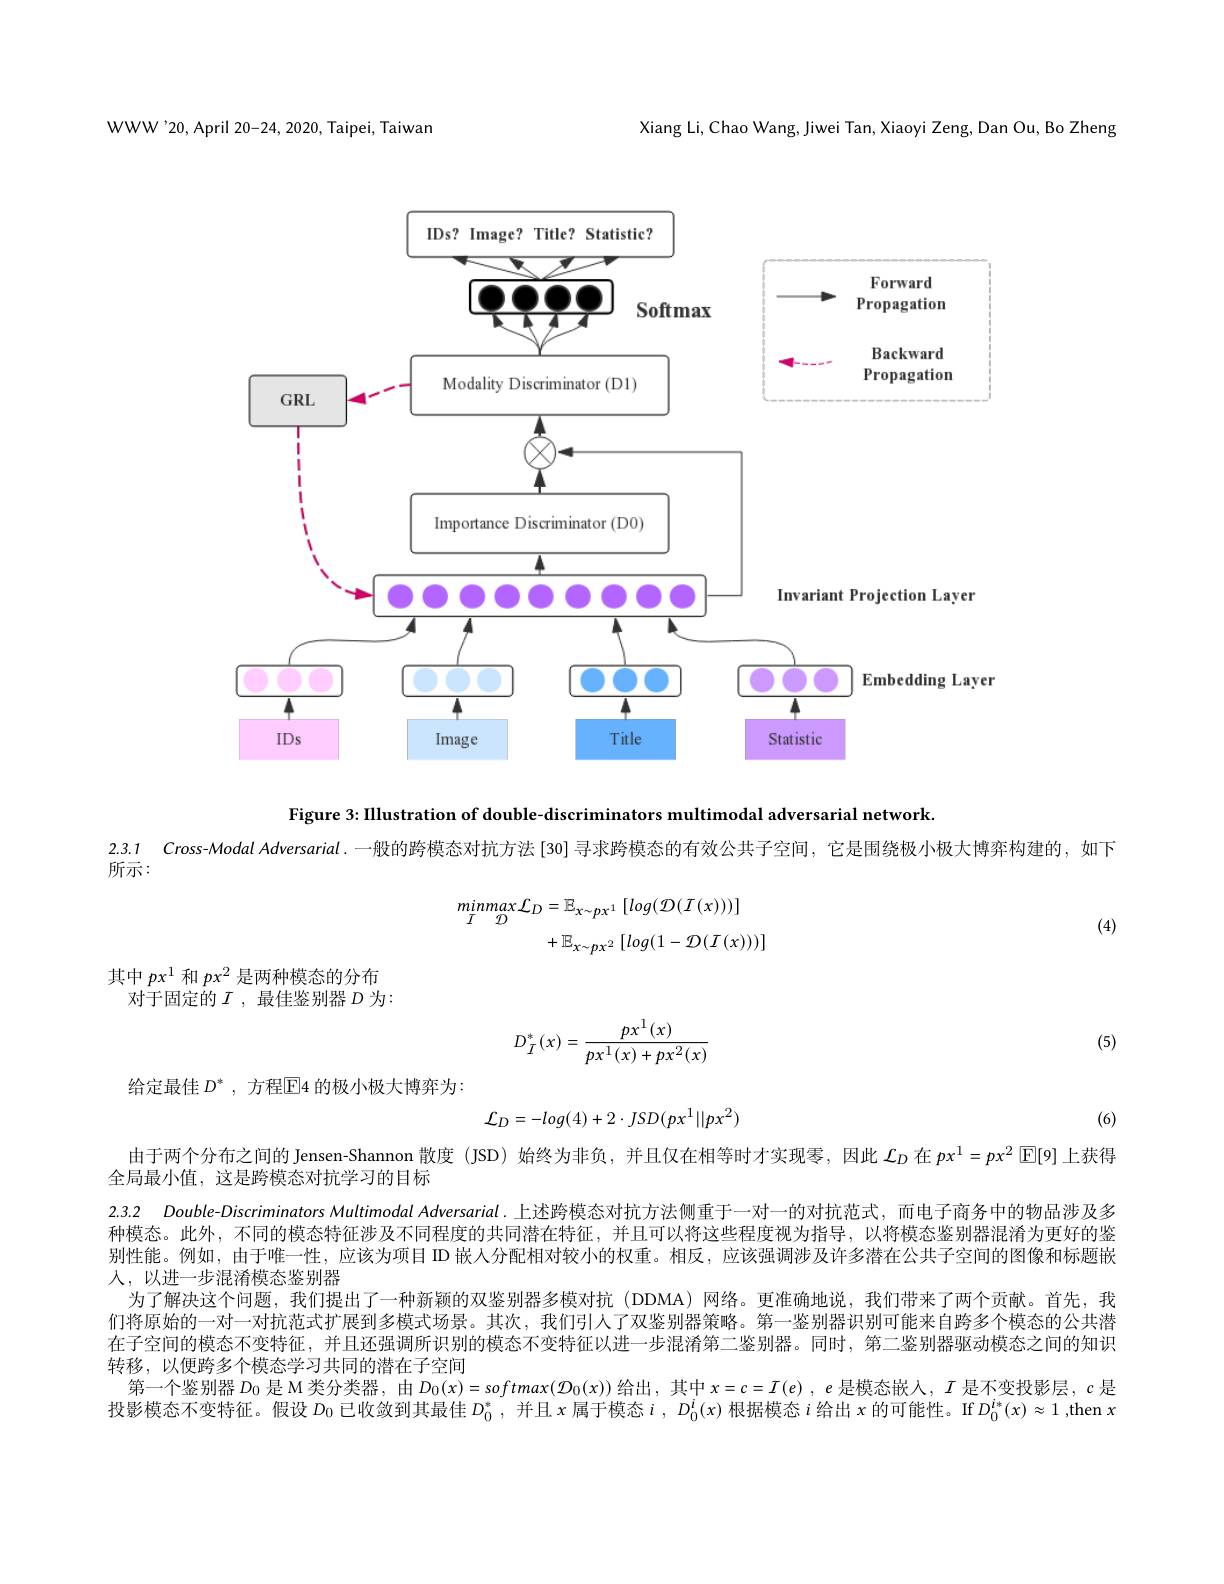
WWW'20, April 20-24, 2020, Taipei, Taiwan

Xiang Li, Chao Wang, Jiwei Tan, Xiaoyi Zeng, Dan Ou, Bo Zheng

<FigureHere>

Figure 3: IIlustration of double-discriminators multimodal adversarial network.
2.3.1 Cross-Modal Adversarial.一般的跨模态对抗方法[30] 寻求跨模态的有效公共子空间，它是围绕极小极大博弈构建的，如下

所示：
$$\begin{aligned}minmax\mathcal{L}_{D}&=\mathbb{E}_{x\sim px^{1}}\left[log(\mathcal{D}(I(x)))\right]\\&+\mathbb{E}_{x\sim px^{2}}\left[log(1-\mathcal{D}(I(x)))\right]\end{aligned}$$
(4)

其中$px^1$和$px^2$是两种模态的分布
对于固定的$I$,最佳鉴别器$D$为2000年1月19
$$D_I^*(x)=\frac{px^1(x)}{px^1(x)+px^2(x)}$$
(5)

给定最佳$D^*$, 方程$\overline{\mathbb{E}}$4 的极小极大博弈为：
$$\mathcal{L}_{D}=-log(4)+2\cdot JSD(px^{1}||px^{2})$$
(6)

别性能。例如，由于唯一性，应该为项目 ID 嵌人分配相对较小的权重。相反，应该强调涉及许多潜在公共子空间的图像和标题嵌
## 人，以进一步混淆模态鉴别器

由于两个分布之间的 Jensen-Shannon 散度 (JSD) 始终为非负，并且仅在相等时才实现零，因此$\mathcal{L}_D$在$px^1=px^2\operatorname{E[}9]$上获得
全局最小值，这是跨模态对抗学习的目标
2.3.2 Double-Discriminators Multimodal Adversarial.上述跨模态对抗方法侧重于一对一的对抗范式，而电子商务中的物品涉及多种模态。此外，不同的模态特征涉及不同程度的共同潜在特征，并且可以将这些程度视为指导，以将模态鉴别器混淆为更好的鉴
为了解决这个问题，我们提出了一种新颖的双鉴别器多模对抗 (DDMA)网络。更准确地说，我们带来了两个贡献。首先，我们将原始的一对一对抗范式扩展到多模式场景。其次，我们引人了双鉴别器策略。第一鉴别器识别可能来自跨多个模态的公共潜在子空间的模态不变特征，并且还强调所识别的模态不变特征以进一步混淆第二鉴别器。同时，第二鉴别器驱动模态之间的知识转移，以便跨多个模态学习共同的潜在子空间
第一个鉴别器$D_0$是 M 类分类器，由$D_0(x)=softmax(\mathcal{D}_0(x))$给出，其中$x=c=I(e),e$是模态嵌人，$I$是不变投影层，$c$是投影模态不变特征。假设$D_0$已收敛到其最佳$D_0^*$,并且$x$属于模态$i,D_0^i(x)$根据模态$i$给出$x$的可能性。If $D_0^i*(x)\approx1$ ,then $x$